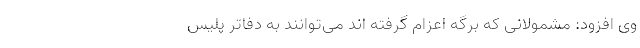
وی افزود: مشمولانی که برگه اعزام گرفته اند می‌توانند به دفاتر پلیس